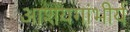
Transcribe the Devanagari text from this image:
आशयगांभीर्य